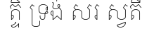
ត្ទិ ទ្រង់ សរ ស្វតី